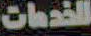
الخدمات